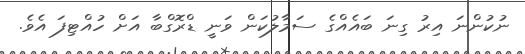
ނުކުންނަ އިރު ގިނަ ބައެއްގެ ސަމާލުކަން ވަނީ ޑްރޮގްބާ އަށް ހުއްޓިފަ އެވެ.